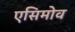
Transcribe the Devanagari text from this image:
एसिमोव